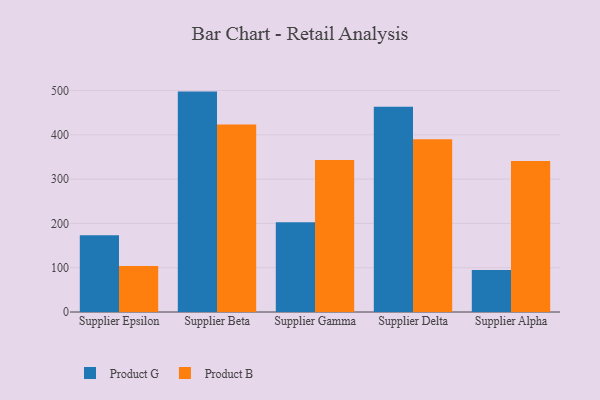
{"axis": {"x": "Supplier", "y": "Budget (USD K)"}, "legend": ["Product B", "Product G"], "data": [{"x": "Supplier Epsilon", "y": 173.1, "type": "Product G"}, {"x": "Supplier Epsilon", "y": 103.9, "type": "Product B"}, {"x": "Supplier Beta", "y": 497.6, "type": "Product G"}, {"x": "Supplier Beta", "y": 423.6, "type": "Product B"}, {"x": "Supplier Gamma", "y": 202.7, "type": "Product G"}, {"x": "Supplier Gamma", "y": 343.1, "type": "Product B"}, {"x": "Supplier Delta", "y": 463.4, "type": "Product G"}, {"x": "Supplier Delta", "y": 389.9, "type": "Product B"}, {"x": "Supplier Alpha", "y": 95.0, "type": "Product G"}, {"x": "Supplier Alpha", "y": 341.1, "type": "Product B"}]}